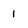
Character: 1